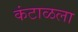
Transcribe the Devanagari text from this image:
कंटाळला